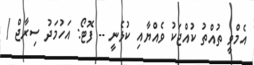
އެމްވީ ތުއްތު ކުއްޖަކު ވެއްޔާއި ކުޅެނީ -- ފޮޓޯ: އަހުމަދު ސިރާޖް /